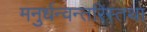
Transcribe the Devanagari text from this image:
मनुर्धन्वन्तरिस्तथा